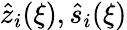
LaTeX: \hat{z}_{i}(\xi),\hat{s}_{i}(\xi)